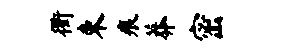
衢束痕莽密